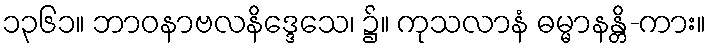
၁၃၆၁။ ဘာဝနာဗလနိဒ္ဒေသေ၊ ၌။ ကုသလာနံ ဓမ္မာနန္တိ-ကား။